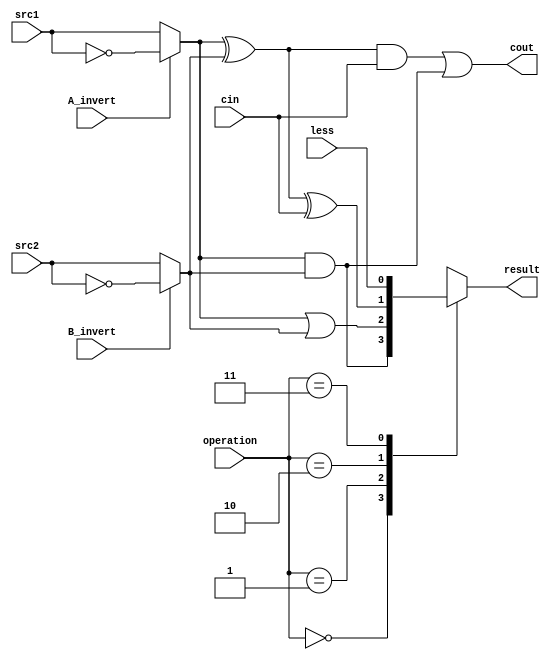
// 0716018
`timescale 1ns/1ps

//////////////////////////////////////////////////////////////////////////////////
// Company:
// Engineer:
//
// Design Name:
// Module Name:    alu
// Project Name:
// Target Devices:
// Tool versions:
// Description:
//
// Dependencies:
//
// Revision:
// Revision 0.01 - File Created
// Additional Comments:
//
//////////////////////////////////////////////////////////////////////////////////
module alu_top(
               src1,       //1 bit source 1 (input)
               src2,       //1 bit source 2 (input)
               less,       //1 bit less     (input)
               A_invert,   //1 bit A_invert (input)
               B_invert,   //1 bit B_invert (input)
               cin,        //1 bit carry in (input)
               operation,  //operation      (input)
               result,     //1 bit result   (output)
               cout,       //1 bit carry out(output)
               );

input         src1;
input         src2;
input         less;
input         A_invert;
input         B_invert;
input         cin;
input [2-1:0] operation;

output        result;
output        cout;

wire	    [2:0] tmp;
wire	          src1_temp;
wire	          src2_temp;
reg           result;


assign src1_temp = (A_invert)?(~src1):(src1);
assign src2_temp = (B_invert)?(~src2):(src2);
assign tmp[0] = src1_temp & src2_temp;
assign tmp[1] = src1_temp | src2_temp;
assign tmp[2] = (src1_temp ^ src2_temp) ^ cin;
assign cout = ((src1_temp ^ src2_temp) & cin) | (src1_temp & src2_temp);

always@(*)
begin
	case (operation)
		2'b00: result = tmp[0];
		2'b01: result = tmp[1];
		2'b10: result = tmp[2];
		2'b11: result = less;
	endcase
end
endmodule